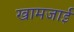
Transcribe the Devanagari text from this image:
खामजाई